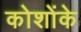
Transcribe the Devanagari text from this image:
कोशोंके